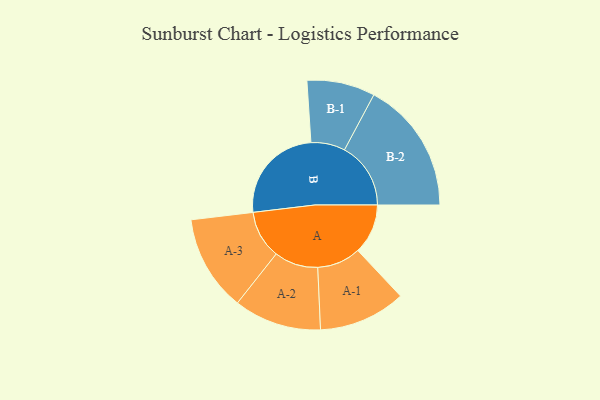
{"axis": {"x": "Segment", "y": "Value"}, "legend": ["", "A", "B"], "data": [{"x": "A", "y": 216, "type": ""}, {"x": "B", "y": 430, "type": ""}, {"x": "A-1", "y": 188, "type": "A"}, {"x": "A-2", "y": 189, "type": "A"}, {"x": "A-3", "y": 207, "type": "A"}, {"x": "B-1", "y": 147, "type": "B"}, {"x": "B-2", "y": 286, "type": "B"}]}